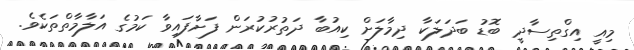
މިއީ އިގްތިސާދީ ބޮޑު ބަދަލަކާ ދިމާލަށް ކިއުބާ ދަތުރުކުރަން ފަށާފައިވާ ކަމުގެ އަލާމާތްތަކެވެ.